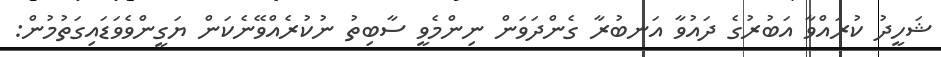
ޝަހީދު ކުރައްވާ އަބުރުގެ ދައުވާ އަނބުރާ ގެންދަވަން ނިންމެވީ ސާބިތު ނުކުރެއްވޭނެކަން ޔަގީންވެވަޑައިގަތުމުން: